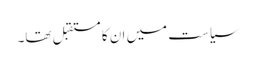
سیاست میں ان کا مستقبل تھا۔